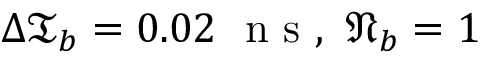
\Delta \mathfrak { T } _ { b } = 0 . 0 2 \ \mathrm { ~ n ~ s ~ } , \ \mathfrak { N } _ { b } = 1